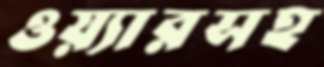
ওয়্যারসহ